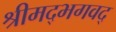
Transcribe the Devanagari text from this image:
श्रीमद्भगवद्